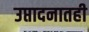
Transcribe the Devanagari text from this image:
उप्तादनातही